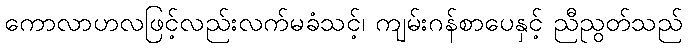
ကောလာဟလဖြင့်လည်းလက်မခံသင့်၊ ကျမ်းဂန်စာပေနှင့် ညီညွတ်သည်